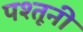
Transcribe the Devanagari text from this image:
पश्तूनी